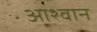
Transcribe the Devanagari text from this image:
आश्वान